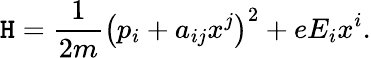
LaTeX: \mathtt{H}=\frac{{1}}{{2m}}\left(p_{i}+a_{ij}x^{j}\right)^{2}+eE_{i}x^{i}.